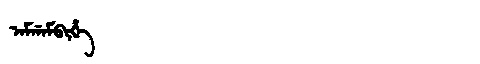
Manchu: ᠠᠮᡤᠠᠮᠪᡳᡥᡝ
Romanization: AMGAMBIHE